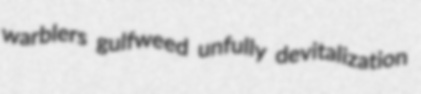
warblers gulfweed unfully devitalization